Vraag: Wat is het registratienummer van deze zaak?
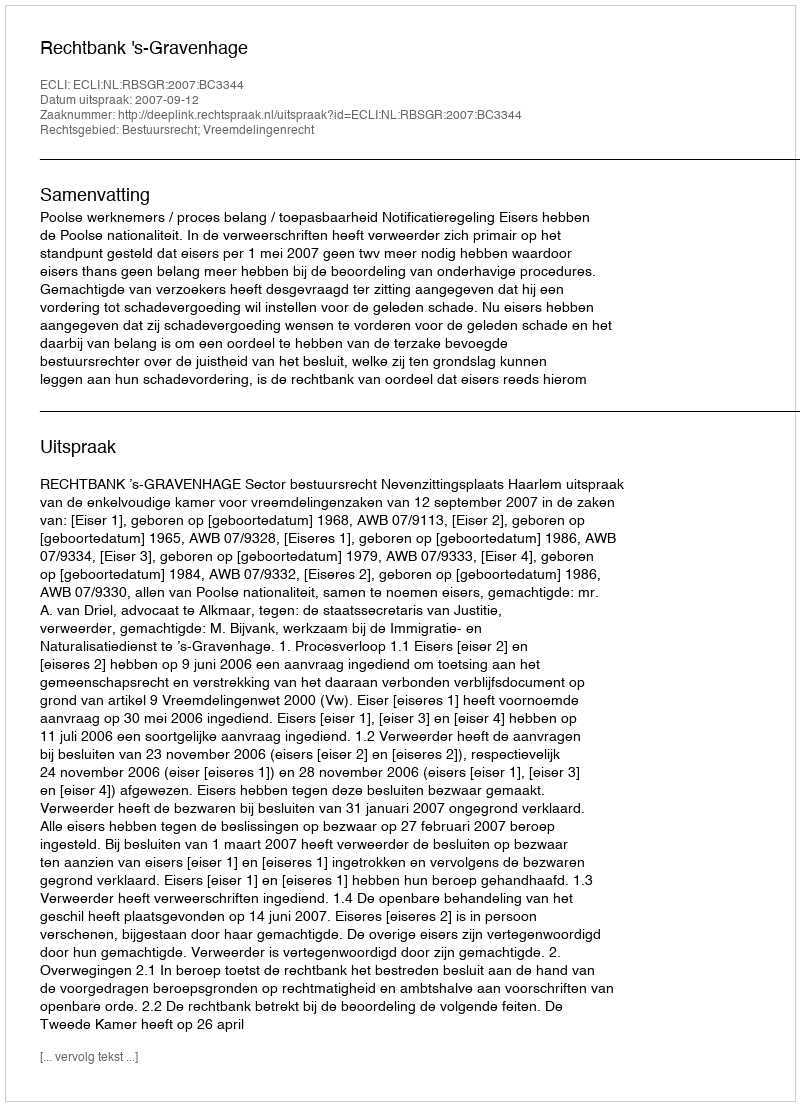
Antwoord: http://deeplink.rechtspraak.nl/uitspraak?id=ECLI:NL:RBSGR:2007:BC3344